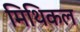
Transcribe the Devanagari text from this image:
मिथिकल